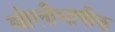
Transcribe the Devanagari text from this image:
बोलीभाषीक